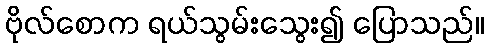
ဗိုလ်စောက ရယ်သွမ်းသွေး၍ ပြောသည်။